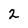
Character: 2